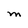
Character: M